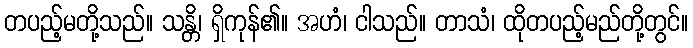
တပည့်မတို့သည်။ သန္တိ၊ ရှိကုန်၏။ အဟံ၊ ငါသည်။ တာသံ၊ ထိုတပည့်မည်တို့တွင်။